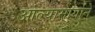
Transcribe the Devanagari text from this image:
आल्यामार्गाने